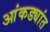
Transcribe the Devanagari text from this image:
आंकड्यांत